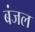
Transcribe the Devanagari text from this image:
बंजल